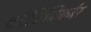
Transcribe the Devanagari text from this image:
कॉन्निजिबर्जर